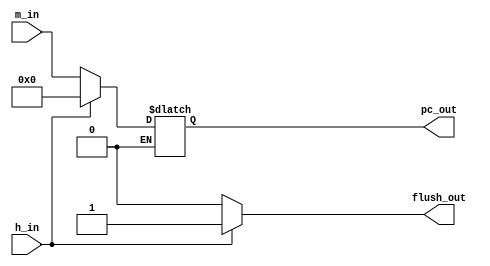
//Program counter

module pc(m_in,h_in,pc_out,flush_out);

//input
input [5:0] m_in;
input h_in;

//output
output [5:0] pc_out;
output flush_out;

wire [5:0] m_in;
wire h_in;
reg [5:0] pc_out;
reg flush;
reg flush_out;	

always @(*)
begin
if(h_in == 1'b0)
begin
pc_out[5:0] = m_in[5:0];
flush = 1'b0;
end
else
//hazard detected h_in = 1
if (h_in == 1'b1)
begin
pc_out[5:0] = 6'b000000;
flush = 1'b1;
end
flush_out <= flush;
end
endmodule